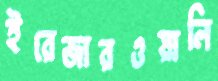
ইরেজারওয়ালি